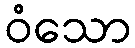
ဝံသော